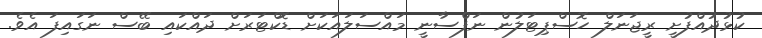
ކުޅުދުއްފުށީ ރީޖަނަލް ހޮސްޕިޓަލުން ނަފްސާނީ މައްސަލައަކަށް ޑޮކްޓަރަށް ދައްކައި ބޭސް ނަގައިފަ އެވެ.